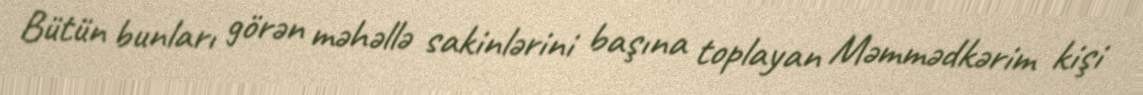
Bütün bunları görən məhəllə sakinlərini başına toplayan Məmmədkərim kişi